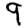
Digit: 9